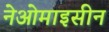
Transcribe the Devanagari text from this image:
नेओमाइसीन